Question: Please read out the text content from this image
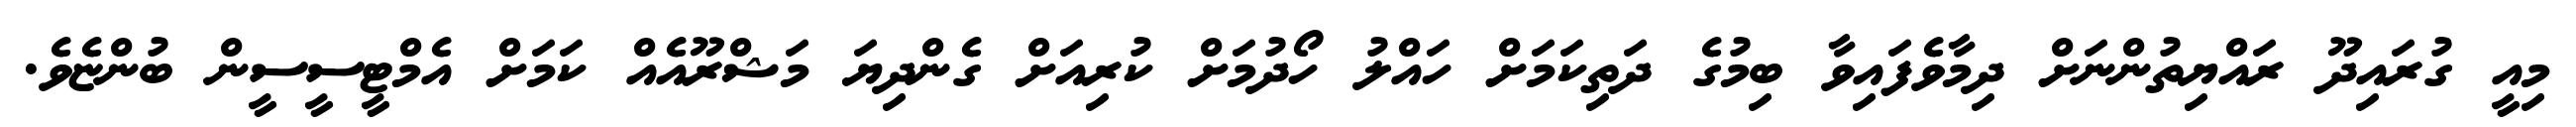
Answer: މިއީ ގުރައިދޫ ރައްޔިތުންނަށް ދިމާވެފައިވާ ބިމުގެ ދަތިކަމަށް ހައްލު ހޯދުމަށް ކުރިއަށް ގެންދިޔަ މަޝްރޫއެއް ކަމަށް އެމްޓީސީސީން ބުންޏެވެ.